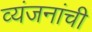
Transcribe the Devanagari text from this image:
व्यंजनांची